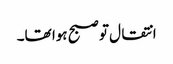
انتقال تو صبح ہوا تھا۔